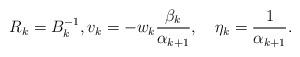
LaTeX: \begin{align*}R_{k}=B_{k}^{-1},v_{k}=-w_{k}\frac{\beta_{k}}{\alpha_{k+1}},\quad\eta_{k}=\frac{1}{\alpha_{k+1}}.\end{align*}